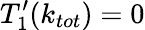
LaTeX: T_{1}^{\prime}(k_{tot})=0